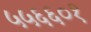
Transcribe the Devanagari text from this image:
५५६६०१